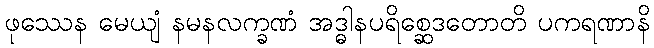
ဖုဿေန မေယျံ နမနလက္ခဏံ အဒ္ဓါနပရိစ္ဆေဒတောတိ ပကရဏာနိ